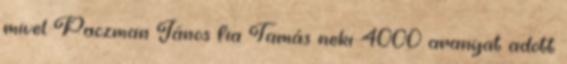
mivel Paczman János fia Tamás neki 4000 aranyat adott